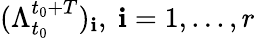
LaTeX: (\Lambda_{t_{0}}^{t_{0}+T})_{\mathbf{i}},~\mathbf{i}=1,...,r